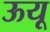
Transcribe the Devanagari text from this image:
ऊयू